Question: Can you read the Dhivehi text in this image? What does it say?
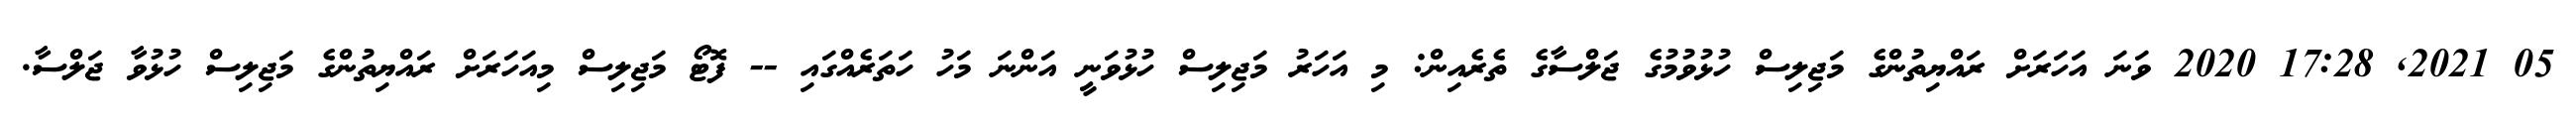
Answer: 05 2021, 17:28 2020 ވަނަ އަހަރަށް ރައްޔިތުންގެ މަޖިލިސް ހުޅުވުމުގެ ޖަލްސާގެ ތެރެއިން: މި އަހަރު މަޖިލިސް ހުޅުވަނީ އަންނަ މަހު ހަތަރެއްގައި -- ފޮޓޯ މަޖިލިސް މިއަހަރަށް ރައްޔިތުންގެ މަޖިލިސް ހުޅުވާ ޖަލްސާ.